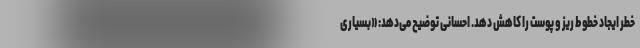
خطر ایجاد خطوط ریز و پوست را کاهش دهد. احسانی توضیح می‌دهد: «بسیاری